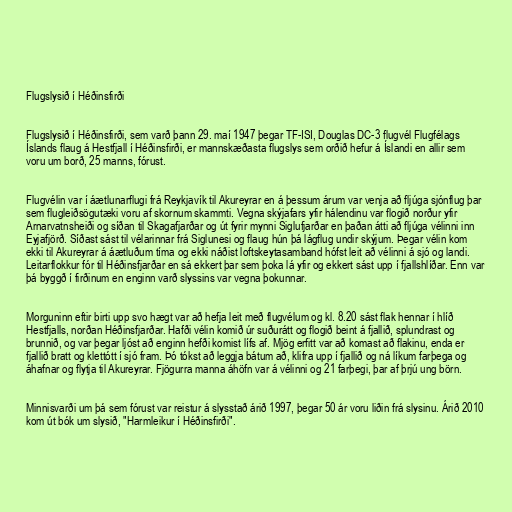
Flugslysið í Héðinsfirði

Flugslysið í Héðinsfirði, sem varð þann 29. maí 1947 þegar TF-ISI, Douglas DC-3 flugvél Flugfélags
Íslands flaug á Hestfjall í Héðinsfirði, er mannskæðasta flugslys sem orðið hefur á Íslandi en allir sem
voru um borð, 25 manns, fórust.

Flugvélin var í áætlunarflugi frá Reykjavík til Akureyrar en á þessum árum var venja að fljúga sjónflug þar
sem flugleiðsögutæki voru af skornum skammti. Vegna skýjafars yfir hálendinu var flogið norður yfir
Arnarvatnsheiði og síðan til Skagafjarðar og út fyrir mynni Siglufjarðar en þaðan átti að fljúga vélinni inn
Eyjafjörð. Síðast sást til vélarinnar frá Siglunesi og flaug hún þá lágflug undir skýjum. Þegar vélin kom
ekki til Akureyrar á áætluðum tíma og ekki náðist loftskeytasamband hófst leit að vélinni á sjó og landi.
Leitarflokkur fór til Héðinsfjarðar en sá ekkert þar sem þoka lá yfir og ekkert sást upp í fjallshlíðar. Enn var
þá byggð í firðinum en enginn varð slyssins var vegna þokunnar.

Morguninn eftir birti upp svo hægt var að hefja leit með flugvélum og kl. 8.20 sást flak hennar í hlíð
Hestfjalls, norðan Héðinsfjarðar. Hafði vélin komið úr suðurátt og flogið beint á fjallið, splundrast og
brunnið, og var þegar ljóst að enginn hefði komist lífs af. Mjög erfitt var að komast að flakinu, enda er
fjallið bratt og klettótt í sjó fram. Þó tókst að leggja bátum að, klifra upp í fjallið og ná líkum farþega og
áhafnar og flytja til Akureyrar. Fjögurra manna áhöfn var á vélinni og 21 farþegi, þar af þrjú ung börn.

Minnisvarði um þá sem fórust var reistur á slysstað árið 1997, þegar 50 ár voru liðin frá slysinu. Árið 2010
kom út bók um slysið, "Harmleikur í Héðinsfirði".